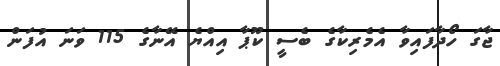
ޖާގަ ހޯދާފައިވާ އެމެރިކާގެ ބެސީ ކޫޕާ އިއްޔެ އޭނާގެ 115 ވަނަ އުފަން